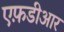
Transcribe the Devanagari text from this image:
एफ़डीआर